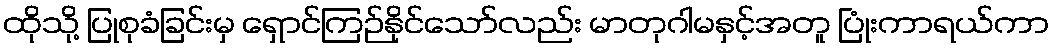
ထိုသို့ ပြုစုခံခြင်းမှ ရှောင်ကြဉ်နိုင်သော်လည်း မာတုဂါမနှင့်အတူ ပြုံးကာရယ်ကာ